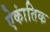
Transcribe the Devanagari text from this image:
ऐकांतिक